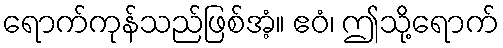
ရောက်ကုန်သည်ဖြစ်အံ့။ ဧဝံ၊ ဤသို့ရောက်